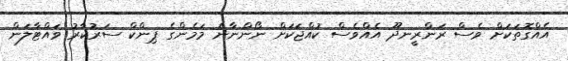
އެއްގޮތަކަށް ވެސް ރަންރީނދޫ އެއްވެސް ކުއްޖަކަށް ނޯންނާނެ މަމެންގެ ޕިންކް ސަރުކާރު ވައްޓާލަން